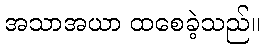
အသာအယာ ထစေခဲ့သည်။